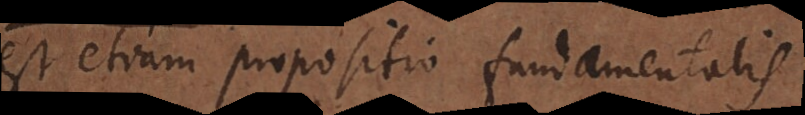
est etiam propositio fundamentalis